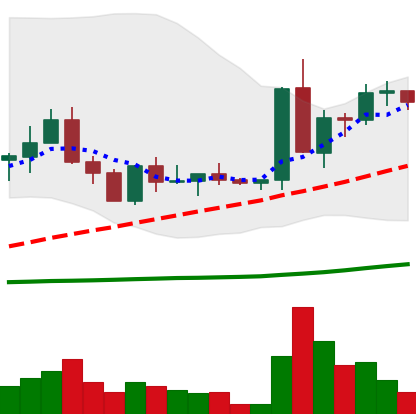
Ticker: ETC-USD
Chart end date: 2022-09-11
Forward return: -11.539%
Label: down_7plus